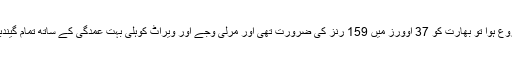
جب آخری سیشن کا کھیل شروع ہوا تو بھارت کو 37 اوورز میں 159 رنز کی ضرورت تھی اور مرلی وجے اور ویراٹ کوہلی بہت عمدگی کے ساتھ تمام گیندبازوں کا سامنا کررہے تھے۔